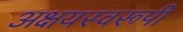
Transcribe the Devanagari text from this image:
अक्षयस्वरूपी